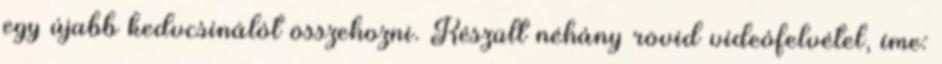
egy újabb kedvcsinálót összehozni. Készült néhány rövid videófelvétel, íme: